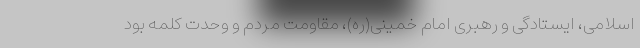
اسلامی، ایستادگی و رهبری امام خمینی(ره)، مقاومت مردم و وحدت کلمه بود